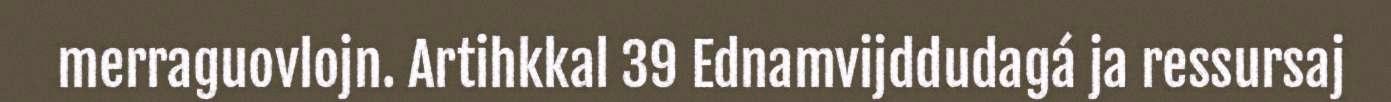
merraguovlojn. Artihkkal 39 Ednamvijddudagá ja ressursaj